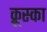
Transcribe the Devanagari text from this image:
क्रूस्का